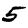
Digit: 5